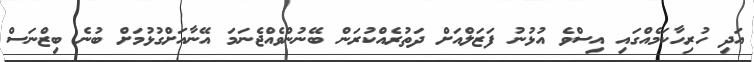
އަދި ހުރިހާކަމެއްގައި އިސްވެ އުޅުނު ފަޒަލްއަށް ދަތުރެއްކުރަން ބޭނުންވެއްޖެނަމަ އޭނާއަށްގުޅުމަށް ބުނެ ބިޒްނަސް